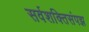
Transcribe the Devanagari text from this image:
सर्वशक्तिसंपझ